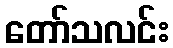
တော်သလင်း